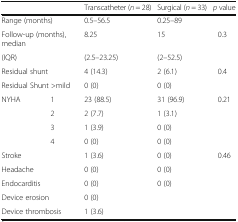
| <COLSPAN=2>  | Transcatheter (n = 28) | Surgical (n = 33) | p value |
 | --- | --- | --- | --- | --- |
 | <COLSPAN=2> Range (months) | 0.5–56.5 | 0.25–89 |  |
 | <COLSPAN=2> Follow-up (months), median | 8.25 | 15 | 0.3 |
 | <COLSPAN=2> (IQR) | (2.5–23.25) | (2–52.5) |  |
 | <COLSPAN=2> Residual shunt | 4 (14.3) | 2 (6.1) | 0.4 |
 | <COLSPAN=2> Residual Shunt >mild | 0 (0) | 0 (0) |  |
 | NYHA | 1 | 23 (88.5) | 31 (96.9) | 0.21 |
 |  | 2 | 2 (7.7) | 1 (3.1) |  |
 |  | 3 | 1 (3.9) | 0 (0) |  |
 |  | 4 | 0 (0) | 0 (0) |  |
 | <COLSPAN=2> Stroke | 1 (3.6) | 0 (0) | 0.46 |
 | <COLSPAN=2> Headache | 0 (0) | 0 (0) |  |
 | <COLSPAN=2> Endocarditis | 0 (0) | 0 (0) |  |
 | <COLSPAN=2> Device erosion | 0 (0) |  |  |
 | <COLSPAN=2> Device thrombosis | 1 (3.6) |  |  |